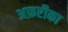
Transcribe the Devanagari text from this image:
अफ़रीका